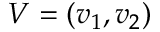
V = ( v _ { 1 } , v _ { 2 } )